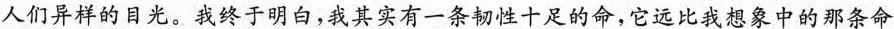
人们异样的目光。我终于明白，我其实有一条韧性十足的命，它远比我想象中的那条命